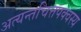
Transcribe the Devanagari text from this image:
अत्यन्तचित्तपक्वस्य